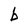
Character: b